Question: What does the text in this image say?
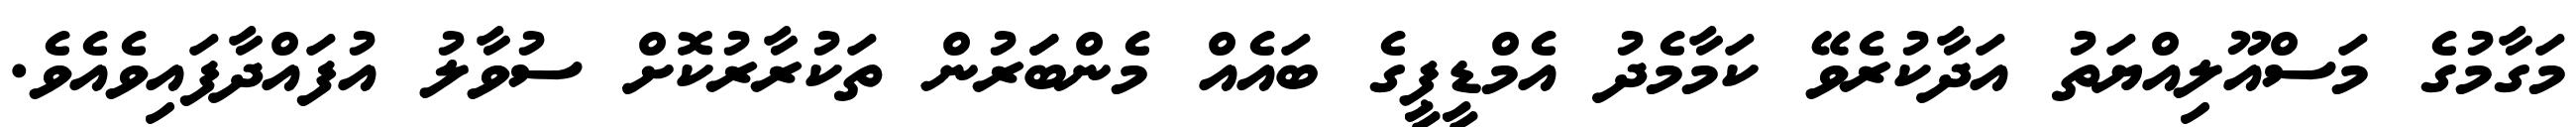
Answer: މަގާމުގެ މަސްއޫލިއްޔަތު އަދާކުރެވޭ ކަމާމެދު އެމްޑީޕީގެ ބައެއް މެންބަަރުން ތަކުރާރުކޮށް ސުވާލު އުފައްދާފައިވެއެވެ.